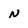
Character: N